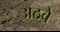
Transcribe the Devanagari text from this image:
अठवे